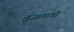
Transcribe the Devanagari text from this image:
तूजलागी